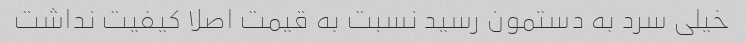
خیلی سرد به دستمون رسید نسبت به قیمت اصلا کیفیت نداشت